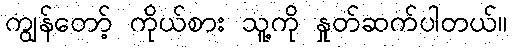
ကျွန်တော့် ကိုယ်စား သူ့ကို နှုတ်ဆက်ပါတယ်။